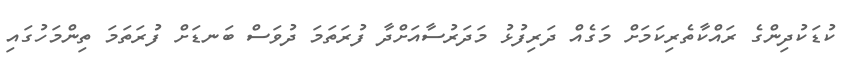
ކުޑަކުދިންގެ ރައްކާތެރިކަމަށް މަގެއް ދަރިފުޅު މަދަރުސާއަށްދާ ފުރަތަމަ ދުވަސް ބަނޑަށް ފުރަތަމަ ތިންމަހުގައި